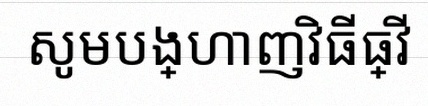
សូមបង្ហាញវិធីធ្វើ